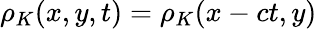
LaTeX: \rho_{K}(x,y,t)=\rho_{K}(x-ct,y)